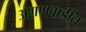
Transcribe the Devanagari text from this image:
अंगणवाडीत